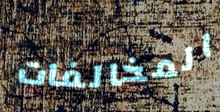
المخالفات